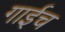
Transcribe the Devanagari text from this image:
गाईच